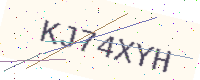
Text: KJ74XYH